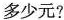
多少元?